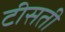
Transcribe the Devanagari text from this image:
टीसती